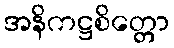
အနိကဋ္ဌစိတ္တော